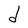
Character: d